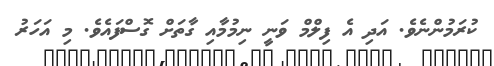
ކުރަމުންނެވެ. އަދި އެ ފިލްމް ވަނީ ނިމުމާއި ގާތަށް ގޮސްފައެވެ. މި އަހަރު